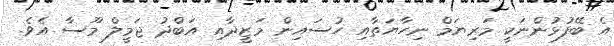
އެ ބޭފުޅުންނަކީ މަރިޔަމް ނިހާޔަތާއި ހުސައިން މަޒީދާއި އަބްދު ޖަމީލް މޫސާ އެވެ.